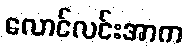
လောင်လင်းအာက